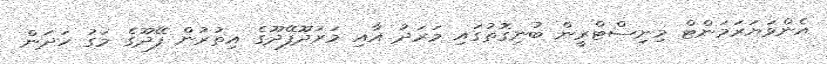
އެންވަޔަރަމަންޓް މިނިސްޓްރީން ބުނިގޮތުގައި މަރަދު އާއި މަރަދޫފޭދޫގެ އިތުރުން ފޭދޫގެ މަގު ހަދަން